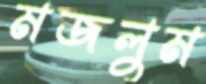
মজলুম